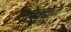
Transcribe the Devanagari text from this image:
ग्लेक्टोज़